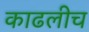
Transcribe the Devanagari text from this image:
काढलीच